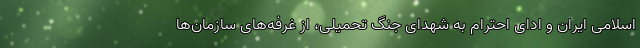
اسلامی ایران و ادای احترام به شهدای جنگ تحمیلی، از غرفه‌های سازمان‌ها